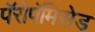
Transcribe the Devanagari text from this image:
पॅरोपॅमिसेड